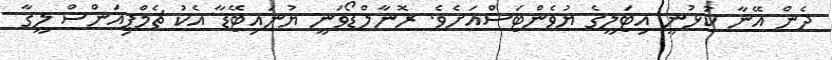
ދެން އޭނާ ކުޅުނީ އިޓަލީގެ ޔުވެންޓަސްއަށެވެ. ރޮނާލްޑޯވަނީ ޔުނައިޓޭޑާ އެކު ޗެމްޕިއަންސް ލީގާ